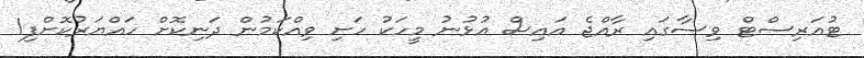
ޓުއަރިސްޓް ވިސާގައި ރާއްޖެ އައިސް އުޅުނު މީހަކު ހަށި ވިއްކަމުން ދަނިކޮށް ހައްޔަރުކޮށްފި1